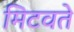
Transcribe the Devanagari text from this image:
मिटवते